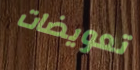
تعويضات